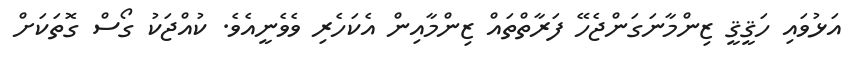
އަޅުވައި ހަޤީޤީ ޒިންމާނަގަންޖެހޭ ފަރާތްތައް ޒިންމާއިން އެކަހެރި ވެވެނީއެވެ. ކުއްޖަކު ގޯސް ގޮތަކަށް